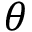
\theta